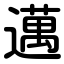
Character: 邁